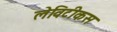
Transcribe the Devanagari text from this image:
लेविटीकस